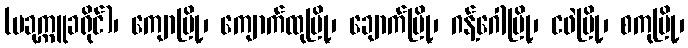
(ပခုက္ကူခရိုင်)၊ ကျောမြို့၊ ကျောက်ထုမြို့၊ ချောက်မြို့၊ ဂန့်ဂေါမြို့၊ ငဖဲမြို့၊ စကုမြို့၊